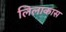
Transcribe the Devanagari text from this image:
लिलाकास